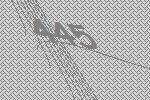
445